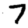
Digit: 7